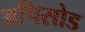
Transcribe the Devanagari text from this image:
अपिसोड